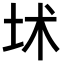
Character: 𡊍